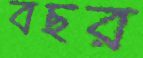
বছর